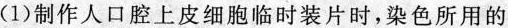
(1)制作人口腔上皮细胞临时装片时，染色所用的